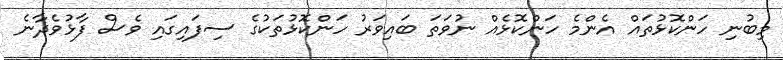
މިބުނި ހަންކޮޅުތައް އެންމެ ހަންކޮޅެއް ނުވަތަ ބައިވަރު ހަންކޮޅުތަކުގެ ސިފައިގައި ވެސް ފާޅުވެދާނެ